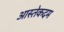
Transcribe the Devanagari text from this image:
आस्तेकदम